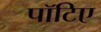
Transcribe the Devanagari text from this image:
पॉटिए